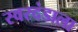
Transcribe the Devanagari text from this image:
स्वरदंडाला